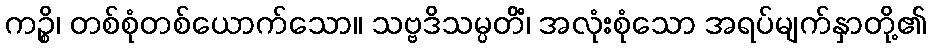
ကဉ္စိ၊ တစ်စုံတစ်ယောက်သော။ သဗ္ဗဒိသမ္ပတိံ၊ အလုံးစုံသော အရပ်မျက်နှာတို့၏